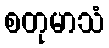
စတုမာသံ